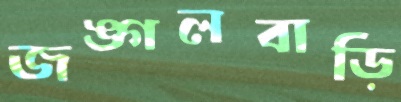
জঙ্গলবাড়ি